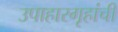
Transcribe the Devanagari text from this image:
उपाहारगृहांची